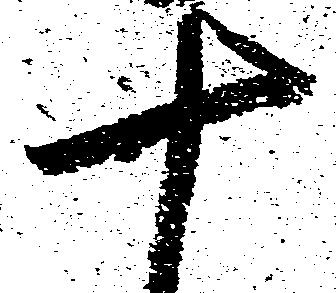
十